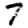
Digit: 7